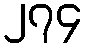
၂၇၄